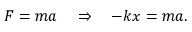
F = m a \quad \Rightarrow \quad - k x = m a .